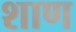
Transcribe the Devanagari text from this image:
शाण